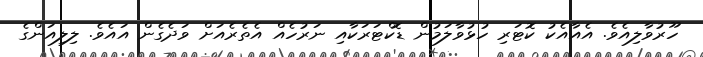
ހޫރުވާލިއެވެ. އެއާއެކު ކޮޓަރި ހުޅުވާލަމުން ޑޮކްޓަރަކާއި ނަރުހެއް އެތެރެއަށް ވަދެގެން އައެވެ. ލިލިއަންގެ